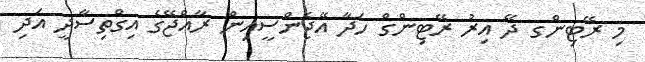
މި ރޭޓިންގ ދޭ އިރު ރޭޓިންގް ހަދާ އޭޖެންސީއިން ރާއްޖޭގެ އިގްތިސާދީ އަދި